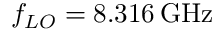
f _ { L O } = 8 . 3 1 6 \, \mathrm { G H z }